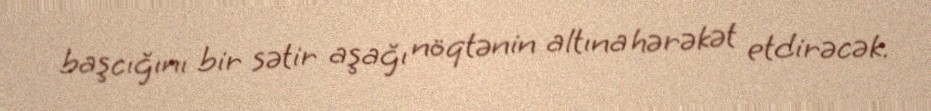
başcığını bir sətir aşağı nöqtənin altına hərəkət etdirəcək.